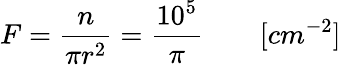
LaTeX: F=\frac{n}{\pi r^{2}}=\frac{10^{5}}{\pi}\quad\quad[cm^{-2}]